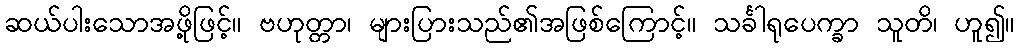
ဆယ်ပါးသောအဖို့ဖြင့်။ ဗဟုတ္တာ၊ များပြားသည်၏အဖြစ်ကြောင့်။ သင်္ခါရုပေက္ခာ သူတိ၊ ဟူ၍။